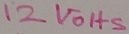
Text: 12VOHS